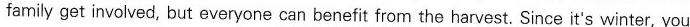
family get involved, but everyone can benefit from the harvest. Since it's winter, you